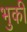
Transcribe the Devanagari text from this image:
भुकी